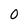
Character: 0